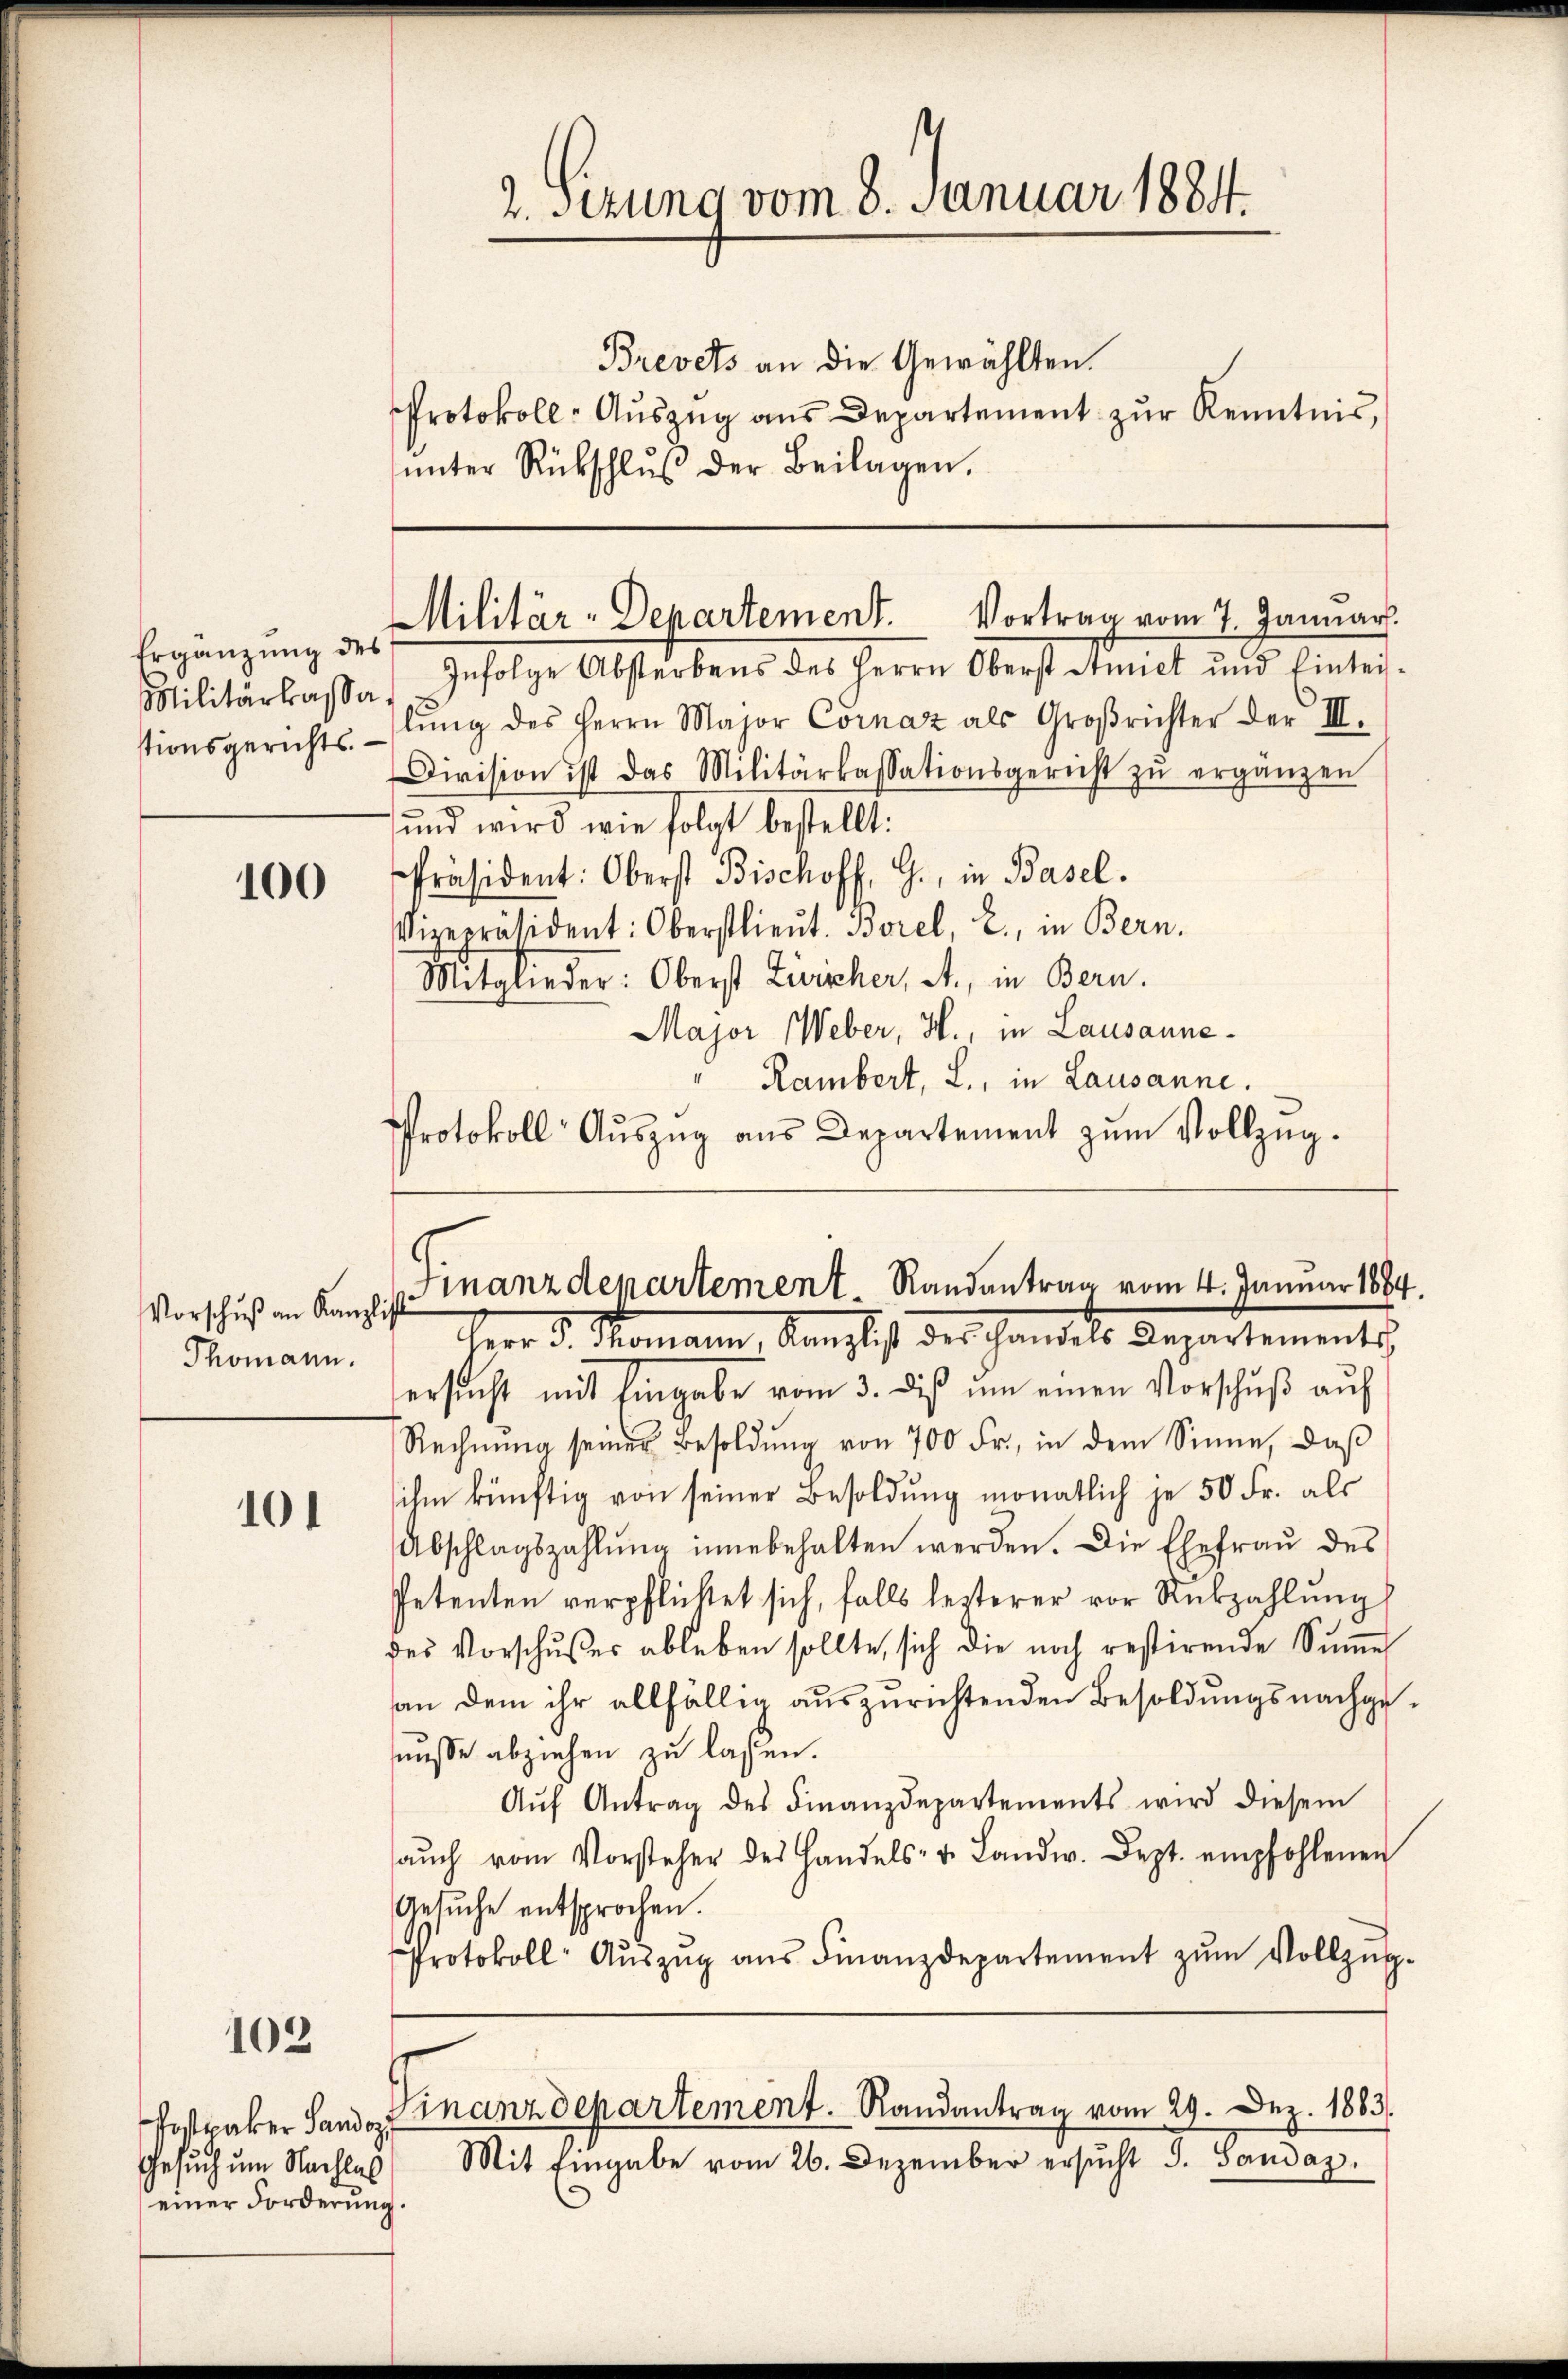
Ergänzung des
Militärkassa.
stionsgerichts

100

Vorschuß an Kanzlis
Thomann.

101

103

Postraker Sandoz
Gesuch um Nachlas
einer Forderung

2. sezung vom 8. Januar 1884.

Militär-Departement. Vortrag vom 7. Januar.

Finanzdepartement Randantrag vom 4. Januar 1884.
Herr v. Romann, Kanzlich des Handels Departements

Finanzdepartement. Randantrag vom 29. Dez. 1883.

Brevets an die Gewählten.
Protokoll-Auszug aus Departement zur Kenntnis,
ŭnter Rückschlŭβ der Beilagen.

Infolge Absterbens des Herrn Oberst Annet und Eintei-
lŭng des Herrn Major Cornaz als Groβrichter der III.
Division ist das Militärkassationsgericht zŭ ergänzen
und wird wie folgt bestellt:
Präsident: Oberst Bischoff, G., in Basel.
Vizepräsident: Oberstlieŭt. Borel, L., in Bern.
Mitglieder: Oberst Züricher, A., in Bern.
Major Weber, H., in Lausanne¬
Rambert, L., in Lausanne.
Protokoll Aŭszŭg aŭs Departement zŭm Vollzŭg.

ersucht mit Eingabe vom 3. dieß um einen Vorschuß auf
Rechnŭng seiner Besoldŭng von 700 Fr., in dem Sinne, daβ
ihm künftig von seiner Besoldung monatlich je 50 Fr. als
Abschlagszahlung inne behalten werden. Die Ehefrau des
Petenten verpflichet sich, falls lezterer vor Rückzahlŭng
des Vorschŭβer ableben sollte, sich die noch restirende Sŭṁe
an dem ihr allfällig auszurichtenden Besoldungsnachgemüsse abziehen zu lassen.
Aŭf Antrag des Finanzdepartements wird diesem
aŭch vom Vorsteher des Handels- u. Landw. Sept. empfohlenen
Gesuche entsprochen.
Protokoll- Aŭszŭg aŭs Finanzdepartement zŭm Vollzŭg-

Mit Eingabe vom 26. Dezember ersŭcht S. Sandaz